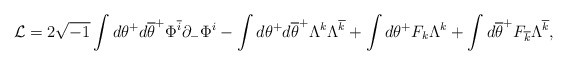
\begin{align*}{\cal L}=2\sqrt{-1}\int d\theta^{+}d\overline{\theta}^{+}\Phi^{\overline{i}}\partial_{-}\Phi^{i}-\int d\theta^{+}d\overline{\theta}^{+}\Lambda^{k}\Lambda^{\overline{k}}+\int d\theta^{+}F_{k}\Lambda^{k}+\int d\overline{\theta}^{+}F_{\overline{k}}\Lambda^{\overline{k}},\end{align*}